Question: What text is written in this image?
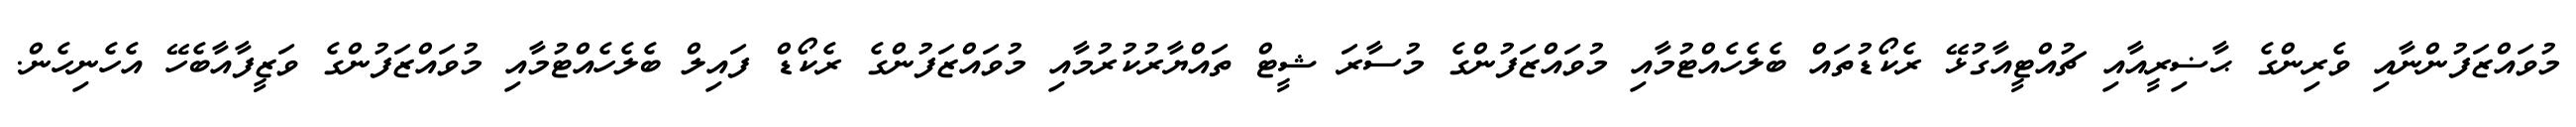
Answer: މުވައްޒަފުންނާއި ވެރިންގެ ޙާޟިރީއާއި ޗުއްޓީއާގުޅޭ ރެކޯޑުތައް ބެލެހެއްޓުމާއި މުވައްޒަފުންގެ މުސާރަ ޝީޓް ތައްޔާރުކުރުމާއި މުވައްޒަފުންގެ ރެކޯޑް ފައިލް ބެލެހެއްޓުމާއި މުވައްޒަފުންގެ ވަޒީފާއާބެހޭ އެހެނިހެން.